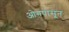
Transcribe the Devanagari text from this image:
ओगपासून